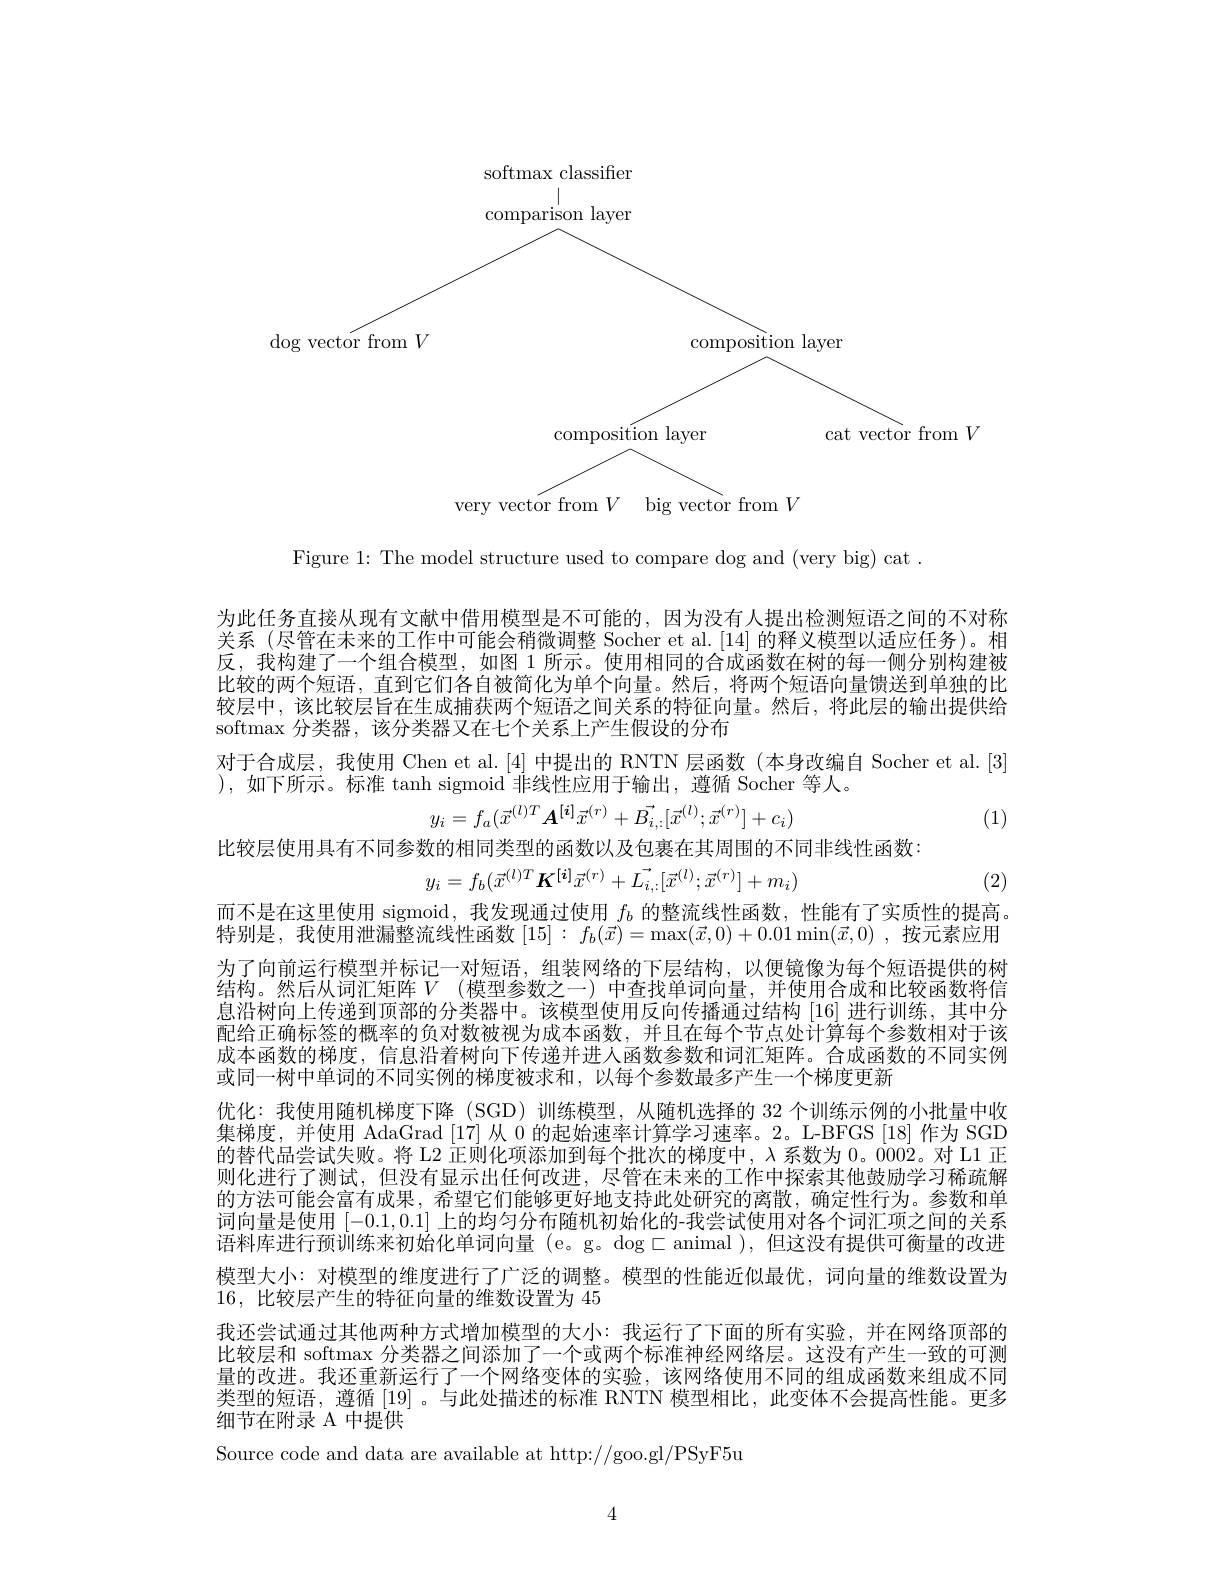
<FigureHere>

Figure 1: The model structure used to compare dog and (very big) cat .

为此任务直接从现有文献中借用模型是不可能的，因为没有人提出检测短语之间的不对称关系 (尽管在未来的工作中可能会稍微调整 Socher et al.[14] 的释义模型以适应任务)。相反，我构建了一个组合模型，如图 1 所示。使用相同的合成函数在树的每一侧分别构建被比较的两个短语，直到它们各自被简化为单个向量。然后，将两个短语向量馈送到单独的比较层中，该比较层旨在生成捕获两个短语之间关系的特征向量。然后，将此层的输出提供给softmax 分类器，该分类器又在七个关系上产生假设的分布
对于合成层，我使用 Chen et al.[4] 中提出的 RNTN 层函数(本身改编自 Socher et al.[3]
),如下所示。标准 tanh sigmoid 非线性应用于输出，遵循 Socher 等人。
$$y_{i}=f_{a}(\vec{x}^{(l)T}\boldsymbol{A}^{[\boldsymbol{i}]}\vec{x}^{(r)}+\vec{B_{i,:}}[\vec{x}^{(l)};\vec{x}^{(r)}]+c_{i})$$
(1)

比较层使用具有不同参数的相同类型的函数以及包裹在其周围的不同非线性函数：
$$y_{i}=f_{b}(\vec{x}^{(l)T}\boldsymbol{K}^{[\boldsymbol{i}]}\vec{x}^{(r)}+\vec{L_{i,:}}[\vec{x}^{(l)};\vec{x}^{(r)}]+m_{i})$$
(2)

而不是在这里使用 sigmoid, 我发现通过使用$f_b$的整流线性函数，性能有了实质性的提高。特别是，我使用泄漏整流线性函数$[15]:f_b(\vec{x})=\max(\vec{x},0)+0.01\min(\vec{x},0)$ ,按元素应用为了向前运行模型并标记一对短语，组装网络的下层结构，以便镜像为每个短语提供的树结构。然后从词汇矩阵$V$ (模型参数之一)中查找单词向量，并使用合成和比较函数将信息沿树向上传递到顶部的分类器中。该模型使用反向传播通过结构 [16] 进行训练，其中分配给正确标签的概率的负对数被视为成本函数，并且在每个节点处计算每个参数相对于该成本函数的梯度，信息沿着树向下传递并进人函数参数和词汇矩阵。合成函数的不同实例或同一树中单词的不同实例的梯度被求和，以每个参数最多产生一个梯度更新
优化：我使用随机梯度下降 (SGD) 训练模型，从随机选择的 32 个训练示例的小批量中收集梯度，并使用 AdaGrad [17] 从 0 的起始速率计算学习速率。2。L-BFGS [18] 作为 SGD 的替代品尝试失败。将 L2 正则化项添加到每个批次的梯度中，$\lambda$系 数 为 $0。\dot {0002。对 L1 正 }$ 则化进行了测试，但没有显示出任何改进，尽管在未来的工作中探索其他鼓励学习稀疏解的方法可能会富有成果，希望它们能够更好地支持此处研究的离散，确定性行为。参数和单词向量是使用[-0.1,0.1]上的均匀分布随机初始化的-我尝试使用对各个词汇项之间的关系语料库进行预训练来初始化单词向量 (e。g。dog $\subset$animal ),但这没有提供可衡量的改进模型大小：对模型的维度进行了广泛的调整。模型的性能近似最优，词向量的维数设置为16,比较层产生的特征向量的维数设置为45
我还尝试通过其他两种方式增加模型的大小：我运行了下面的所有实验，并在网络顶部的比较层和 softmax 分类器之间添加了一个或两个标准神经网络层。这没有产生一致的可测量的改进。我还重新运行了一个网络变体的实验，该网络使用不同的组成函数来组成不同类型的短语，遵循[19] 。与此处描述的标准 RNTN 模型相比，此变体不会提高性能。更多细节在附录 A 中提供
Source code and data are available at http://goo.gl/PSyF5u

4